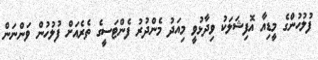
ފުލުހުންގެ މީޑިއާ އޮފިޝަލަކު ވިދާޅުވީ މިއަދު މެންދުރު ފެންޓަސީގެ ތެރެއަށް ފުލުހުން ވަންނަން